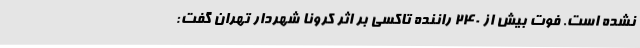
نشده است. فوت بیش از ۲۴۰ راننده تاکسی بر اثر کرونا شهردار تهران گفت:‌